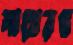
লাখেরও